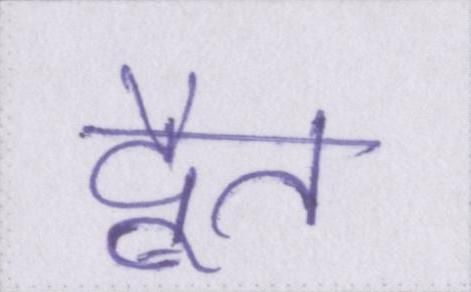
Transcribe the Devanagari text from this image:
द्वैत